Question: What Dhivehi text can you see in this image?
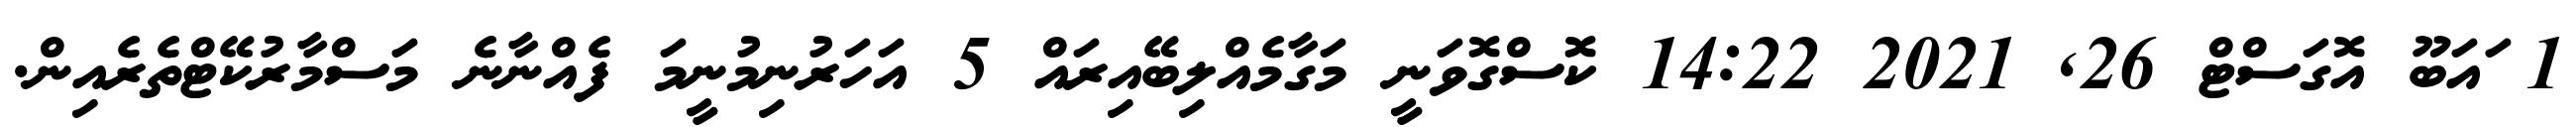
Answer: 1 ައަބޫ އޮގަސްޓް 26, 2021 14:22 ކޮސްގޮވަނީ މަގާމެއްލިބޭއިރައް 5 އަހަރުނިމުނީމަ ފެއްނާނެ މަސްމާރުކޭޓްތެރެއިން.